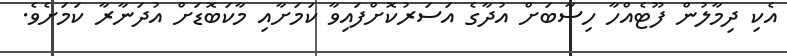
އެކި ދިމާލުން ފޫޓެއްހާ ހިސާބަށް އުދާގެ އަސަރުކޮށްފައިވާ ކަމަށާއި މާކަބޮޑަށް އުދަނާރާ ކަމަށެވެ.